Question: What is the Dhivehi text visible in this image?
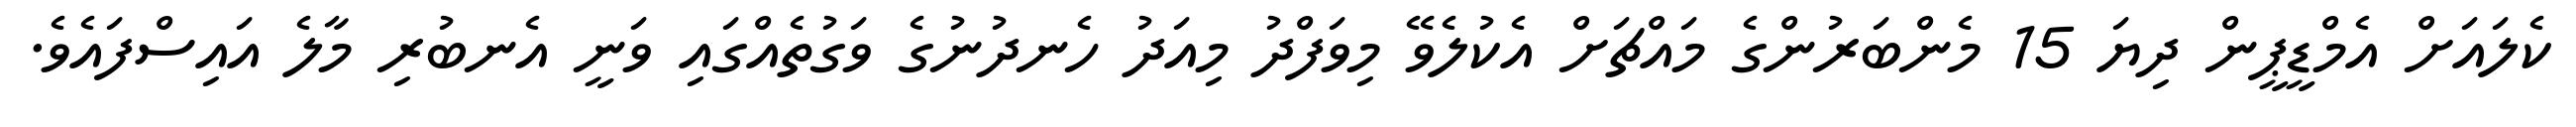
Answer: ކެލައަށް އެމްޑީޕީން ދިޔަ 15 މެންބަރުންގެ މައްޗަށް އެކުލެވޭ މިވަފްދު މިއަދު ހެނދުނުގެ ވަގުތެއްގައި ވަނީ އެނބުރި މާލެ އައިސްފައެވެ.